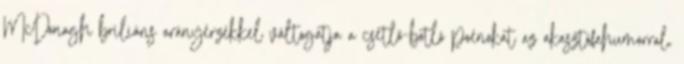
McDonagh briliáns arányérzékkel váltogatja a csetlő-botló poénokat az akasztófahumorral,